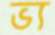
ভ্য